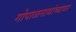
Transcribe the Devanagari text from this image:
गोपाळनाथांच्यावर